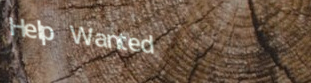
Help Wanted